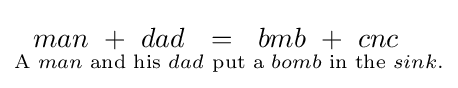
{\underset {{\text{A }}man{\text{ and his }}dad}{man\ +\ dad}}=\!\!\!\!\!\!{\underset {{\text{put a }}bomb{\text{ in the }}sink.}{bmb\ +\ cnc}}